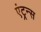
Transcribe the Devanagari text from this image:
एंट्रन्स